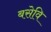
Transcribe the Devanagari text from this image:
बसेवि